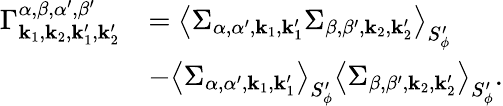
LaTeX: \begin{array}{rl}{\Gamma_{{\mathbf{k}_{1}},{\mathbf{k}_{2}},{\mathbf{k}_{1}^{\prime}},{\mathbf{k}_{2}^{\prime}}}^{\alpha,\beta,\alpha^{\prime},\beta^{\prime}}}&{=\left<{\Sigma}_{\alpha,\alpha^{\prime},{\mathbf{k}_{1}},{\mathbf{k}_{1}^{\prime}}}{\Sigma}_{\beta,\beta^{\prime},{\mathbf{k}_{2}},{\mathbf{k}_{2}^{\prime}}}\right>_{S_{\phi}^{\prime}}}\\ &{-\left<{\Sigma}_{\alpha,\alpha^{\prime},{\mathbf{k}_{1}},{\mathbf{k}_{1}^{\prime}}}\right>_{S_{\phi}^{\prime}}\left<{\Sigma}_{\beta,\beta^{\prime},{\mathbf{k}_{2}},{\mathbf{k}_{2}^{\prime}}}\right>_{S_{\phi}^{\prime}}.}\end{array}